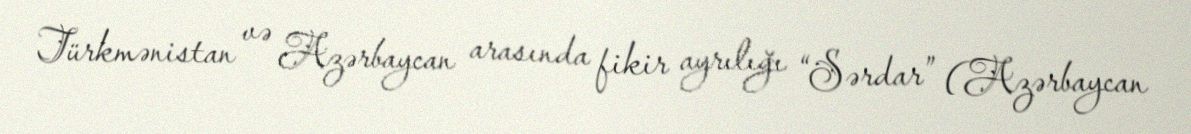
Türkmənistan və Azərbaycan arasında fikir ayrılığı “Sərdar” (Azərbaycan